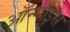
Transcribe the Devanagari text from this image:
ऑन्गाइस